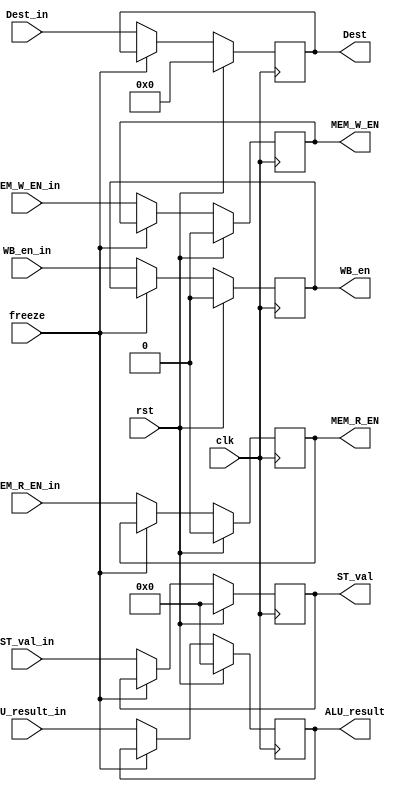
module EXE_reg(input freeze, clk, rst, WB_en_in, MEM_R_EN_in, MEM_W_EN_in, input[31:0] ALU_result_in, ST_val_in,input[4:0] Dest_in, output reg WB_en, MEM_R_EN, MEM_W_EN, output  reg[31:0] ALU_result, ST_val, output reg[4:0]Dest);
	initial begin
		WB_en=1'd0; MEM_R_EN=1'd0; MEM_W_EN=1'd0; ALU_result=32'd0; ST_val=32'd0;Dest = 5'd0;
	end
	always@(posedge clk)begin
		if (rst) begin
			WB_en=1'd0; MEM_R_EN=1'd0; MEM_W_EN=1'd0; ALU_result=32'd0; ST_val=32'd0;Dest = 5'd0;
		end
		else if(!freeze) begin
			WB_en <= WB_en_in;
			MEM_R_EN <= MEM_R_EN_in;
			MEM_W_EN <= MEM_W_EN_in;
			ALU_result <= ALU_result_in;
			ST_val <= ST_val_in;
			Dest <= Dest_in;
		end
		
	end
	
endmodule